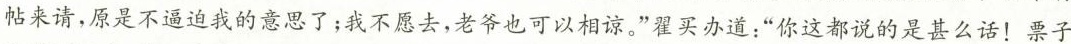
帖来请，原是不逼迫我的意思了；我不愿去，老爷也可以相谅。”翟买办道：”你这都说的是甚么话！票子